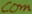
Text: com